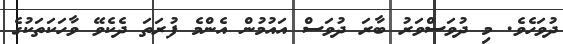
ދުވަހެވެ. މި ދުވަސްވަރު ބާރަ ދުވަސް އައުމުން އެންމެ ފުރަތަ ދެކެވޭ ވާހަކަތަކުގެ